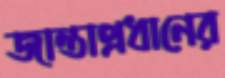
জান্তাপ্রধানের